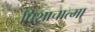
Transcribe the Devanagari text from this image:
पिशाचात्मा